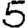
Digit: 5